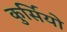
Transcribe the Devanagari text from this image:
कुर्सियो